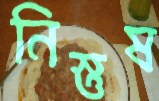
নিস্তুষ